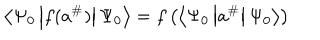
\left\langle \Psi _ { 0 } \left| f ( a ^ { \# } ) \right| \Psi _ { 0 } \right\rangle = f \left( \left\langle \Psi _ { 0 } \left| a ^ { \# } \right| \Psi _ { 0 } \right\rangle \right)